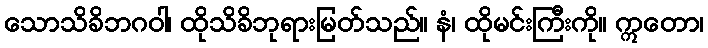
သောသိခိဘဂဝါ၊ ထိုသိခိဘုရားမြတ်သည်။ နံ၊ ထိုမင်းကြီးကို။ ဣတော၊